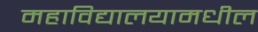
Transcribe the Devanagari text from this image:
महाविद्यालयामधील